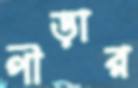
পীড়ার